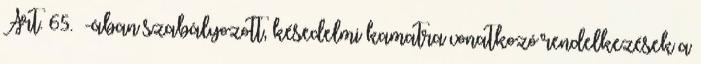
Art. 65. §-ában szabályozott, késedelmi kamatra vonatkozó rendelkezések a